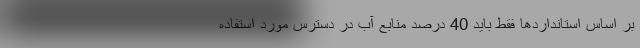
بر اساس استانداردها فقط باید 40 درصد منابع آب در دسترس مورد استفاده